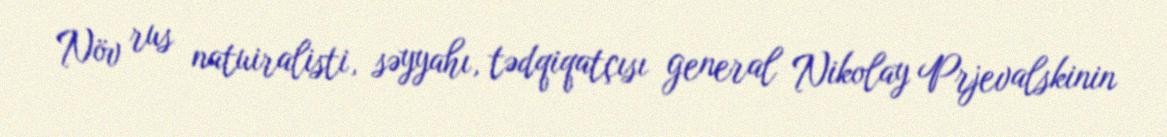
Növ rus natuiralisti, səyyahı, tədqiqatçısı general Nikolay Prjevalskinin